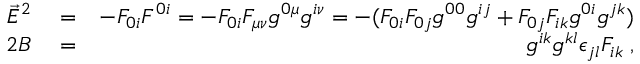
\begin{array} { r l r } { \vec { E } ^ { 2 } } & { { } = } & { - F _ { 0 i } F ^ { 0 i } = - F _ { 0 i } F _ { \mu \nu } g ^ { 0 \mu } g ^ { i \nu } = - ( F _ { 0 i } F _ { 0 j } g ^ { 0 0 } g ^ { i j } + F _ { 0 j } F _ { i k } g ^ { 0 i } g ^ { j k } ) } \\ { 2 B } & { { } = } & { g ^ { i k } g ^ { k l } \epsilon _ { j l } F _ { i k } \; , } \end{array}